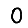
Digit: 0